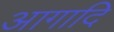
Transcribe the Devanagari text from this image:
आगादि